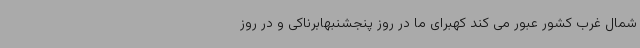
شمال غرب کشور عبور می کند کهبرای ما در روز پنجشنبهابرناکی و در روز